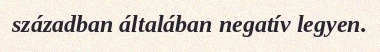
században általában negatív legyen.